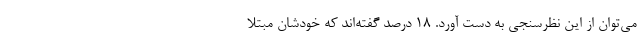
می‌توان از این نظرسنجی به دست آورد. ۱۸ درصد گفته‌اند که خودشان مبتلا